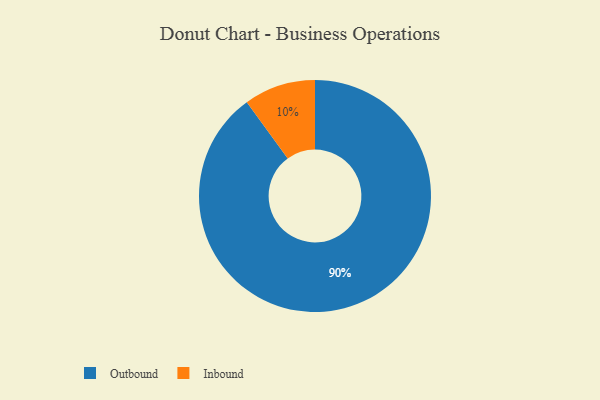
{"axis": {"x": "Category", "y": "Percentage"}, "legend": ["Inbound", "Outbound"], "data": [{"x": "Outbound", "y": 90, "type": "Outbound"}, {"x": "Inbound", "y": 10, "type": "Inbound"}]}